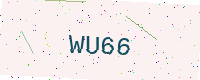
Text: WU66